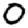
Digit: 0